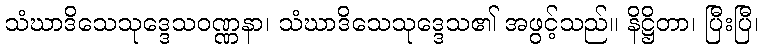
သံဃာဒိသေသုဒ္ဒေသဝဏ္ဏနာ၊ သံဃာဒိသေသုဒ္ဒေသ၏ အဖွင့်သည်။ နိဋ္ဌိတာ၊ ပြီးပြီ၊